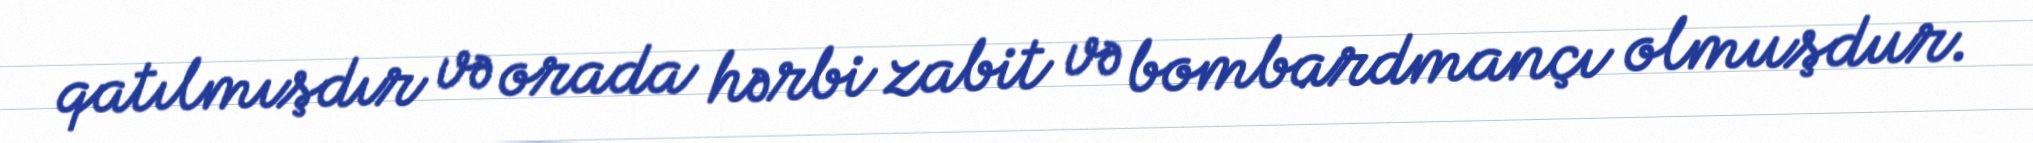
qatılmışdır və orada hərbi zabit və bombardmançı olmuşdur.